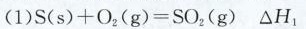
(1)$$S ( s ) + O _ { 2 } ( g ) = S O _ { 2 } ( g ) △ H _ { 1 }$$